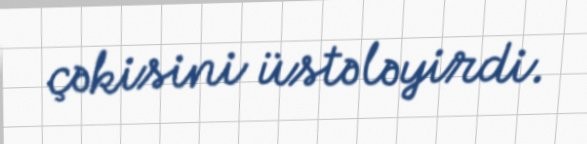
çəkisini üstələyirdi.